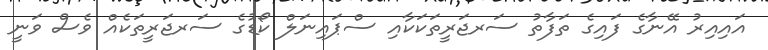
އައިއިރު އޭނާގެ ފައިގެ ތަފާތު ސަރޖަރީތަކަކާއި ސްޕައިނަލް ކޯޑުގެ ސަރޖަރީތަކެއް ވެސް ވަނީ